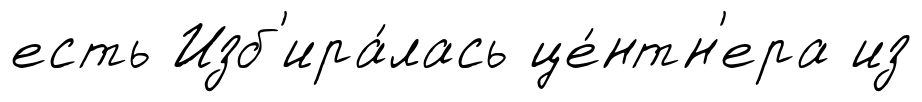
есть Изб'ира́лась це́нтн'ера из